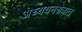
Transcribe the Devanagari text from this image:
अध्ययनक्षेत्रात